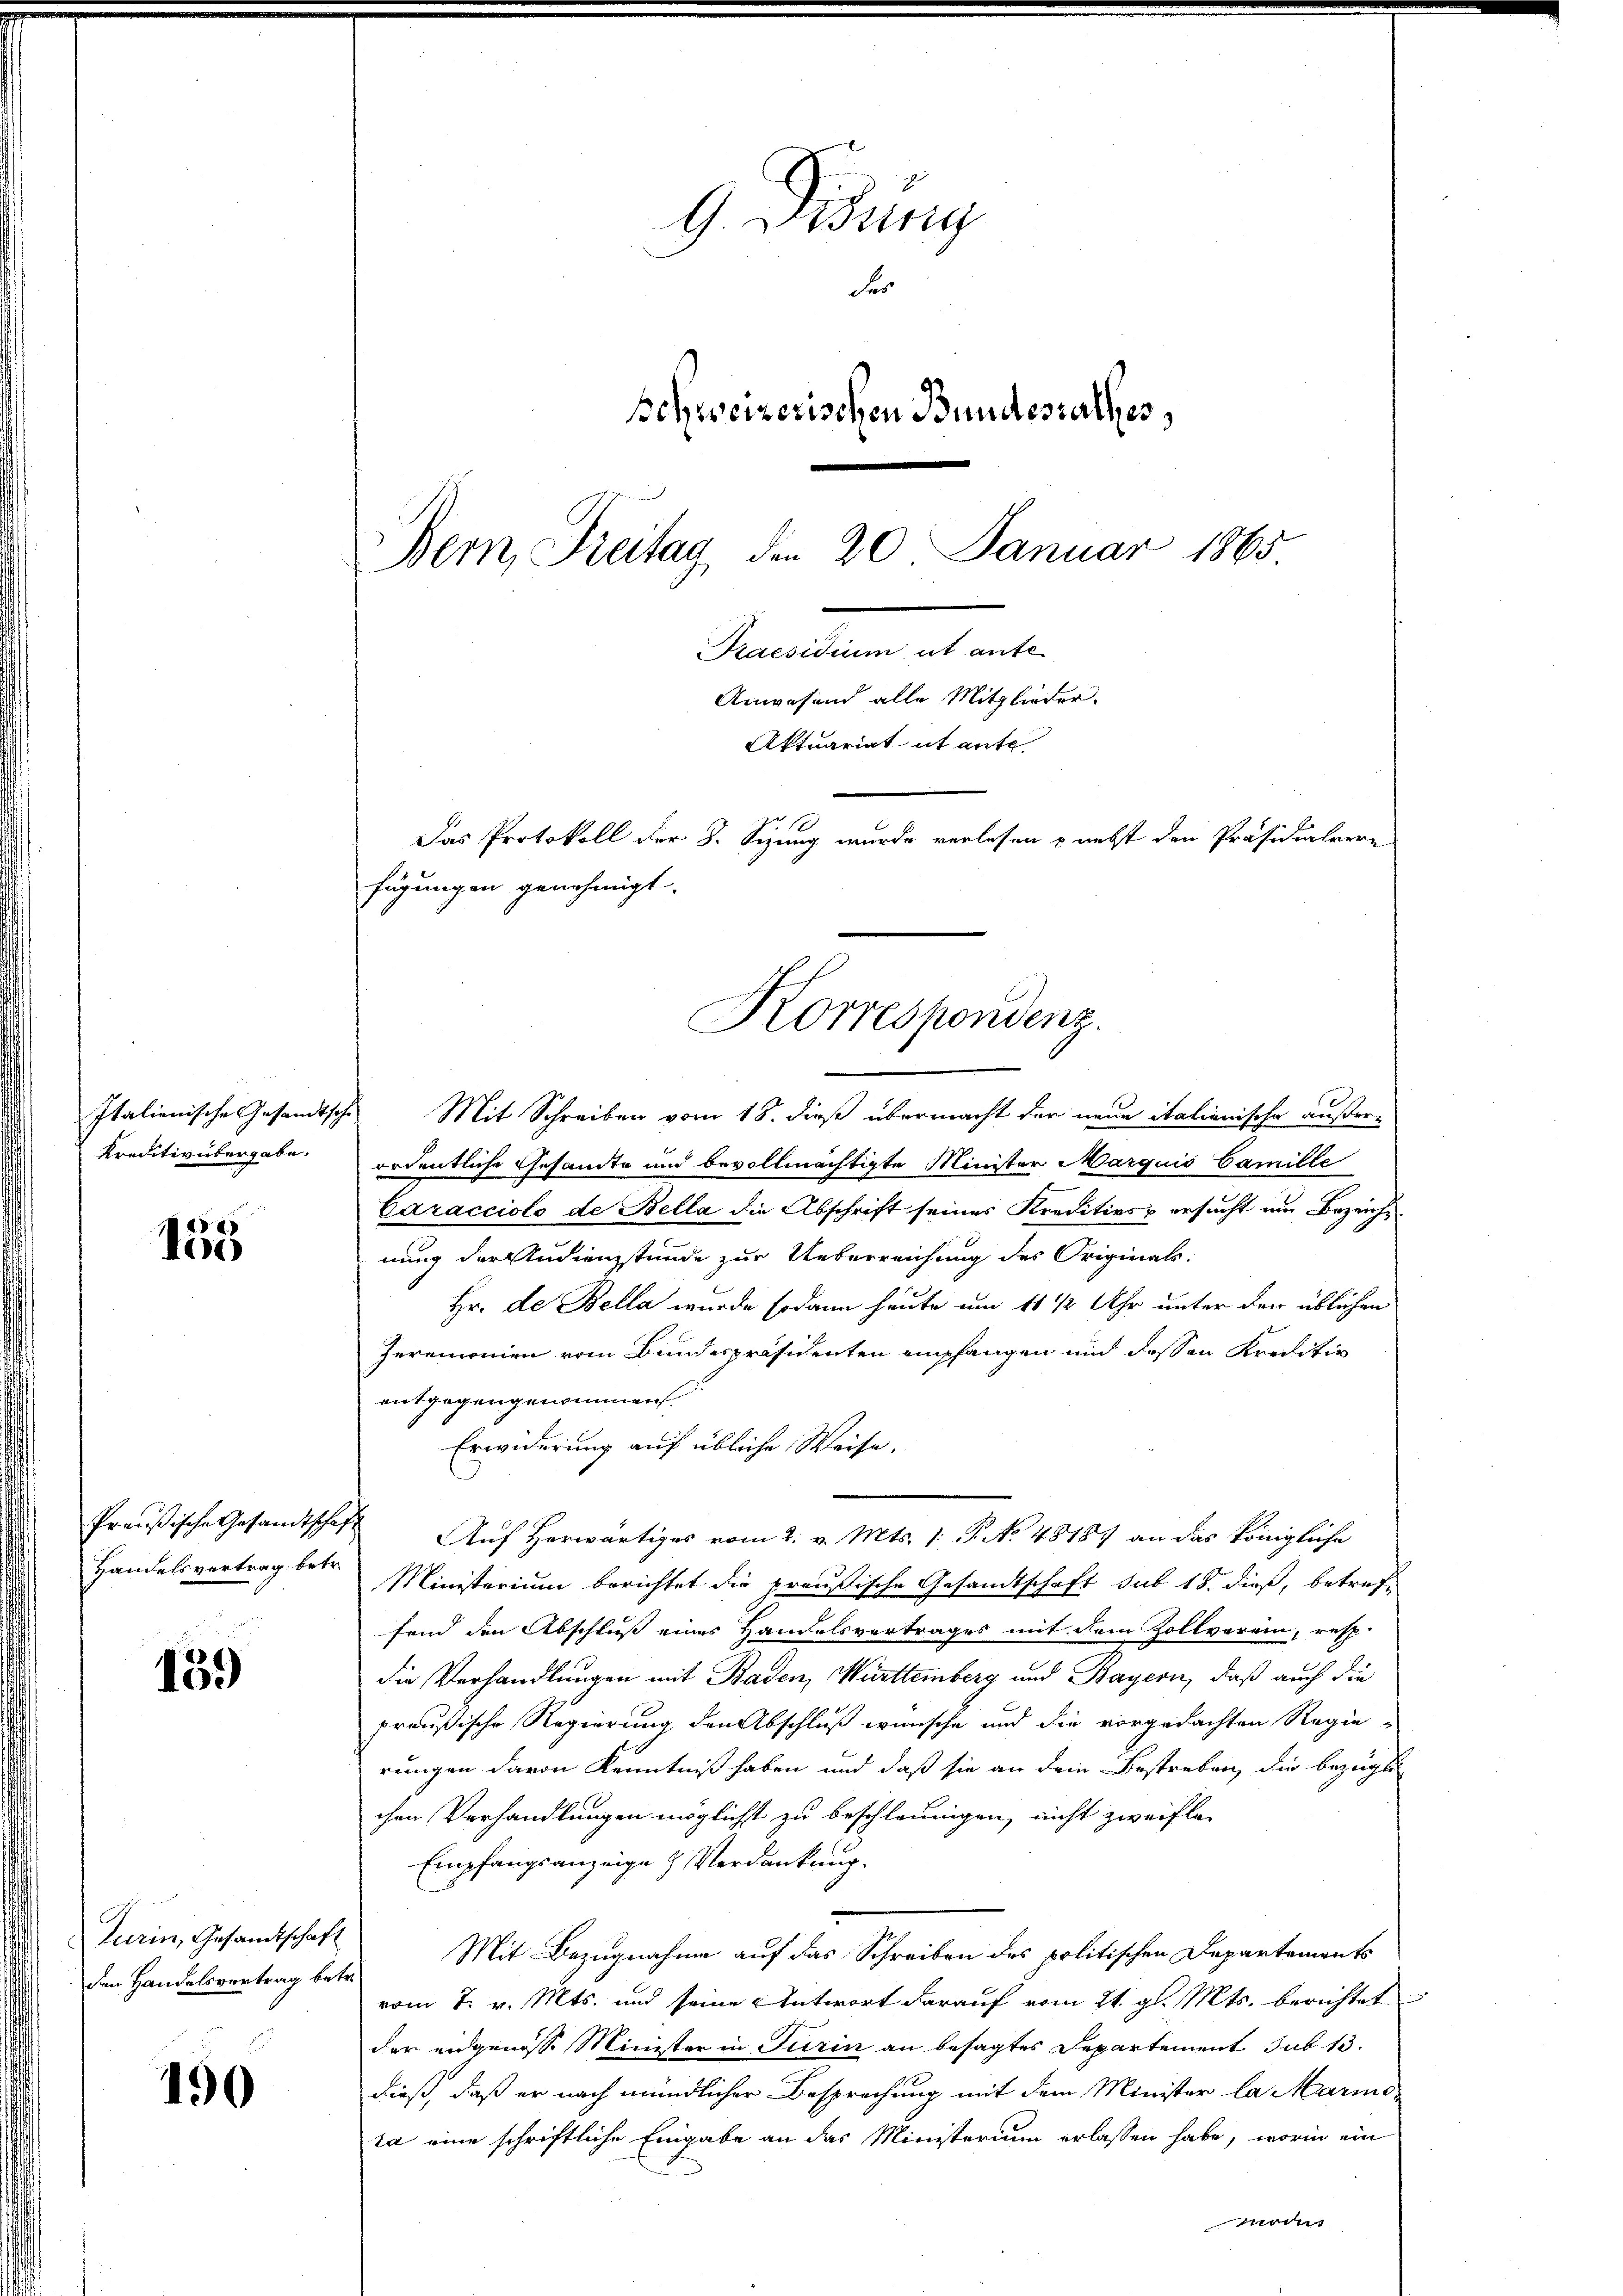
Italienische Gesandtsche
Kreditivübergabe.

155

Preußische Gesandtschaft
Handelsvertrag betr.

139)

Turin, Gesandtschaft
den Handelsvertrag betr.

190

9 Didung
Fes
schweizerischen Bundesrathes,
Bern, Freitag, den 20. Januar 1865

fügungen genehmigt.
Korrespondenz.

Mit Schreiben vom 18. dieß übermacht der neue italienische außer-
ordentliche Gesandte und bevollmächtigte Minister Marquis Camille
Caracciolo de Bella die Abschrift seines Kreditivs ersucht um Bezeichsnung der Audienstunde zur Ueberreichung des Originals
Hr. de Bella wurde sodann heute um 11 1/2 Uhr unter der üblichen
Zeremonien vom Bundespräsidenten empfangen und dessen Kreditio
entgegengenommen.
Erwiderung auf übliche Weise.
Auf Herwärtiges vom 2. v. Mts. 1. P. No. 48187 an das königliche
Ministerium berichtet die preußische Gesandtschaft sub 18. dieß, betreffend den Abschluss eines Handelsvertrages mit dem Zollverein, resp
die Verhandlungen mit Baden, Württemberg und Bayern, daß auch die
preußische Regierung den Abschluß wünsche und die vorgedachten Regie-
rungen davon Kenntniß haben und daß sie an dem Bestreben, die bezüglic
chen Verhandlungen möglichst zu beschleunigen, nicht zweifle-
Empfangsanzeige Verdankung.
Mit Bezugnahme auf das Schreiben des politischen Departements
vom 7. v. Mts. und seine Antwort darauf vom 24. gl. Mts. berichtet
der angenosse Minister in Turin an besagtes Departement sub 15.
dieß, daß er nach mündlicher Besprechung mit dem Minister la Marmeta eine schriftliche Eingabe an das Ministerium erlassen habe, worin ein
moins

Praesidium ut ante
Anwesend alle Mitglieder.
Aktuariat it aufe
Das Protokoll der 8. Sizung wurde verlesen - nebst den Präsidialvere